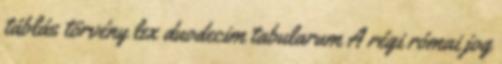
táblás törvény lex duodecim tabularum A régi római jog